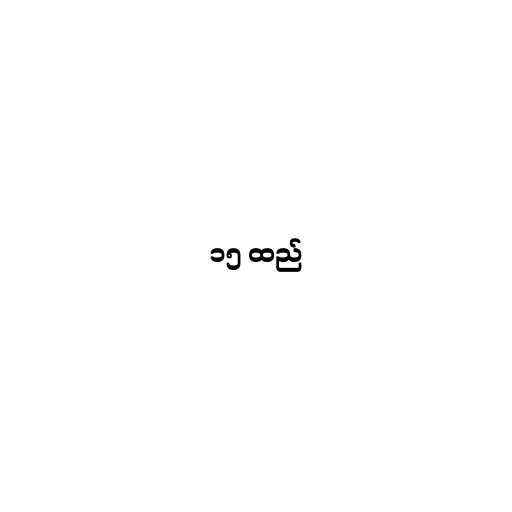
၁၅ ထည်